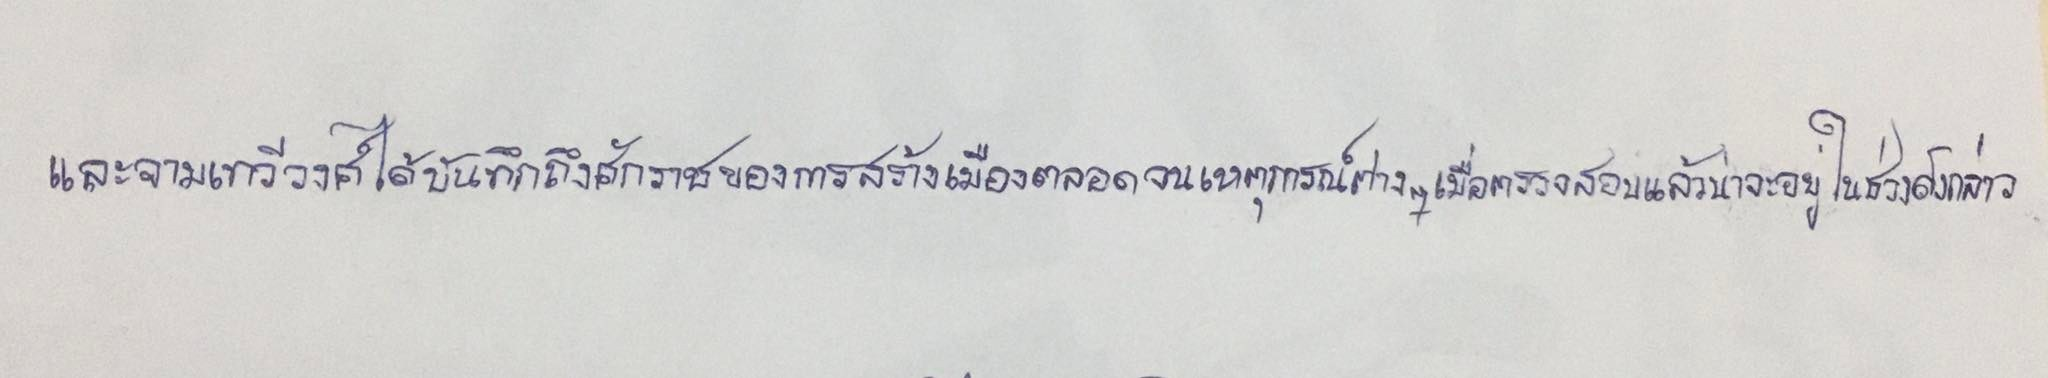
และจามเทวีวงศ์ได้บันทึกถึงศักราชของการสร้างเมืองตลอดจนเหตุการณ์ต่างๆเมื่อตรวจสอบแล้วน่าที่จะอยู่ในช่วงดังกล่าว